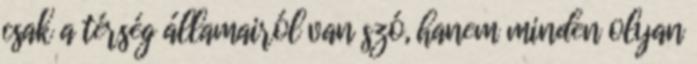
csak a térség államairól van szó, hanem minden olyan